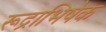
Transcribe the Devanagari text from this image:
रूद्राभिषेक